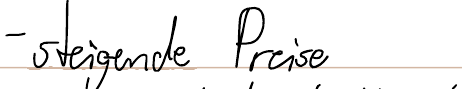
- steigende Preise